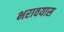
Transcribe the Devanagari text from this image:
भरावयास